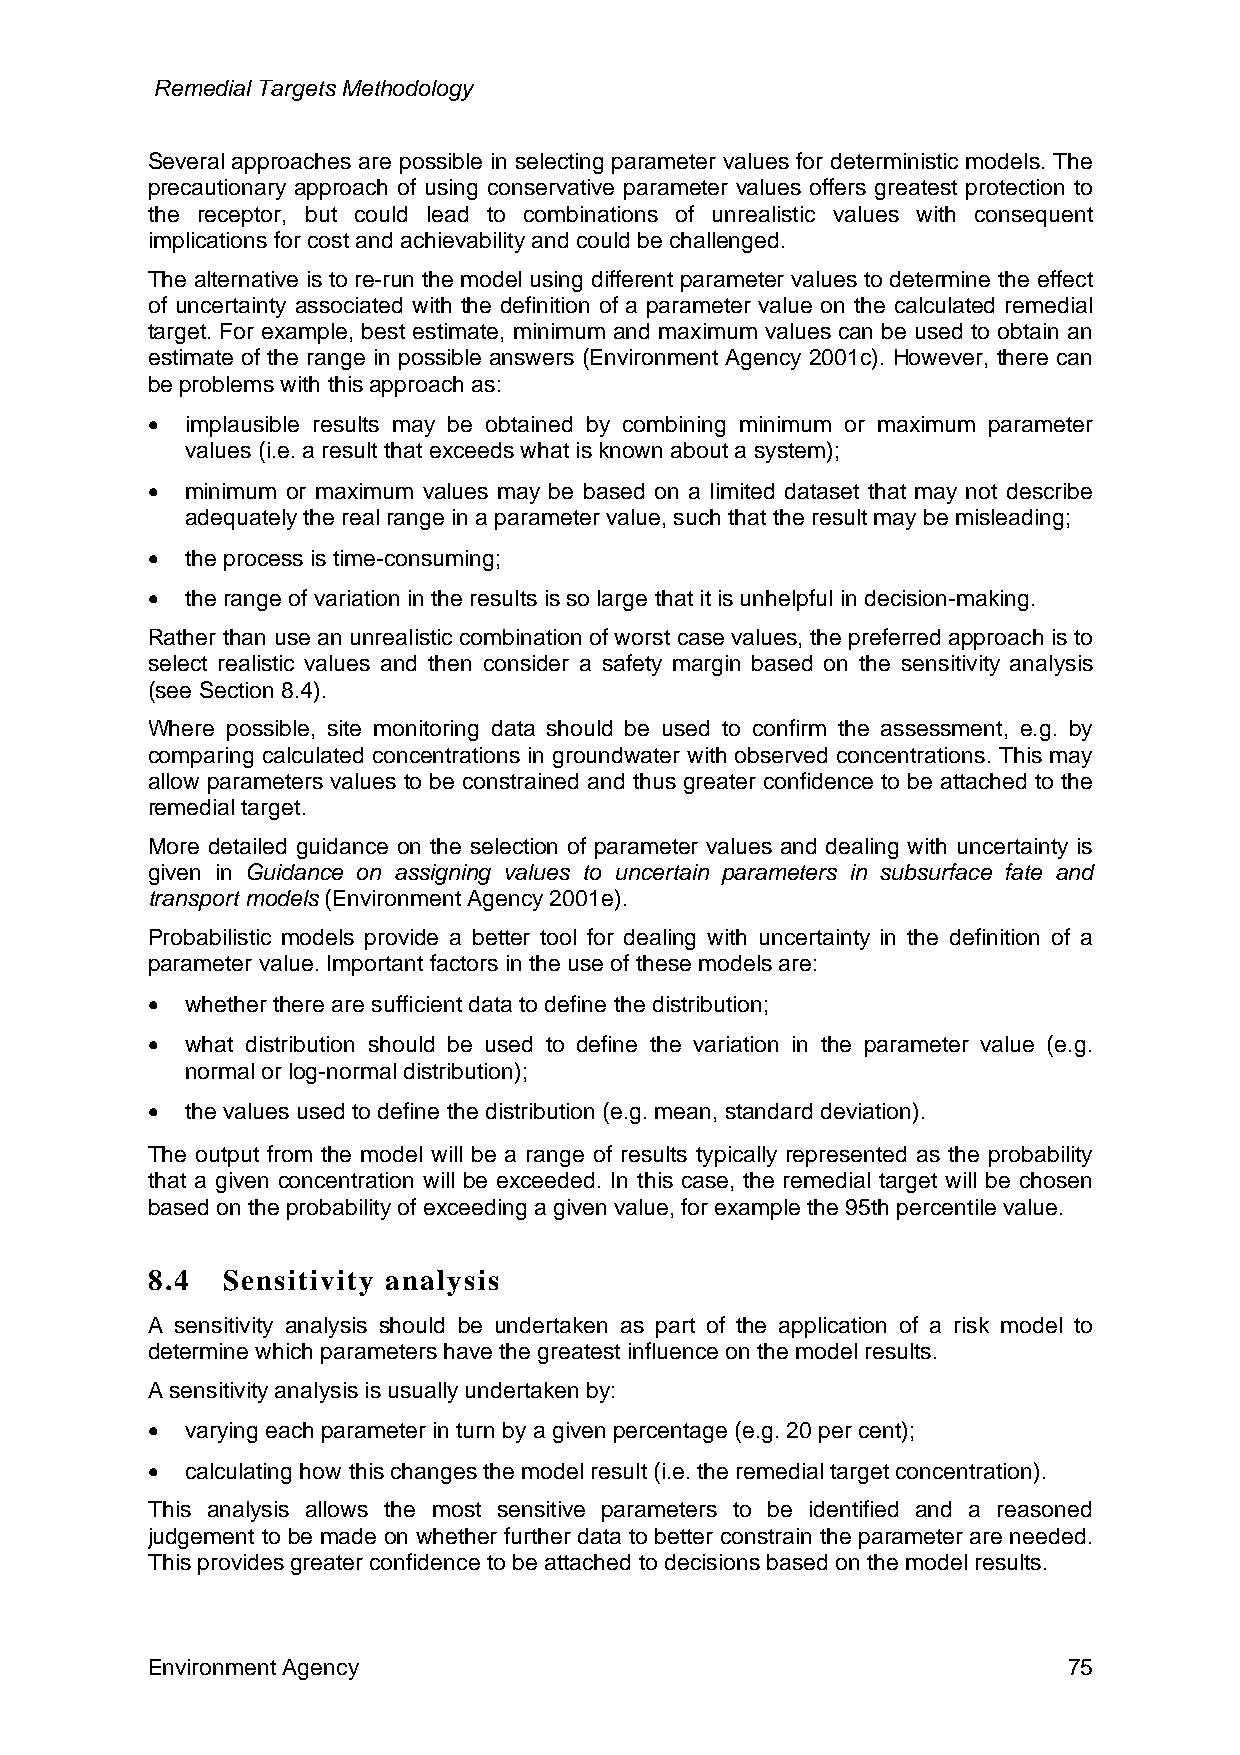
Remedial Targets Methodology
 Several approaches are possible in selecting parameter values for deterministic models. The
 precautionary approach of using conservative parameter values offers greatest protection to
 the receptor, but could lead to combinations of unrealistic values with consequent
 implications for cost and achievability and could be challenged.
 The alternative is to re-run the model using different parameter values to determine the effect
 of uncertainty associated with the definition of a parameter value on the calculated remedial
 target. For example, best estimate, minimum and maximum values can be used to obtain an
 estimate of the range in possible answers (Environment Agency 2001c). However, there can
 be problems with this approach as:
 • implausible results may be obtained by combining minimum or maximum parameter
 values (i.e. a result that exceeds what is known about a system);
 • minimum or maximum values may be based on a limited dataset that may not describe
 adequately the real range in a parameter value, such that the result may be misleading;
 • the process is time-consuming;
 • the range of variation in the results is so large that it is unhelpful in decision-making.
 Rather than use an unrealistic combination of worst case values, the preferred approach is to
 select realistic values and then consider a safety margin based on the sensitivity analysis
 (see Section 8.4).
 Where possible, site monitoring data should be used to confirm the assessment, e.g. by
 comparing calculated concentrations in groundwater with observed concentrations. This may
 allow parameters values to be constrained and thus greater confidence to be attached to the
 remedial target.
 More detailed guidance on the selection of parameter values and dealing with uncertainty is
 given in Guidance on assigning values to uncertain parameters in subsurface fate and
 transport models (Environment Agency 2001e).
 Probabilistic models provide a better tool for dealing with uncertainty in the definition of a
 parameter value. Important factors in the use of these models are:
 • whether there are sufficient data to define the distribution;
 • what distribution should be used to define the variation in the parameter value (e.g.
 normal or log-normal distribution);
 • the values used to define the distribution (e.g. mean, standard deviation).
 The output from the model will be a range of results typically represented as the probability
 that a given concentration will be exceeded. In this case, the remedial target will be chosen
 based on the probability of exceeding a given value, for example the 95th percentile value.
 8.4  Sensitivity analysis
 A sensitivity analysis should be undertaken as part of the application of a risk model to
 determine which parameters have the greatest influence on the model results.
 A sensitivity analysis is usually undertaken by:
 • varying each parameter in turn by a given percentage (e.g. 20 per cent);
 • calculating how this changes the model result (i.e. the remedial target concentration).
 This analysis allows the most sensitive parameters to be identified and a reasoned
 judgement to be made on whether further data to better constrain the parameter are needed.
 This provides greater confidence to be attached to decisions based on the model results.
 Environment Agency                                           75